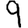
Digit: 9